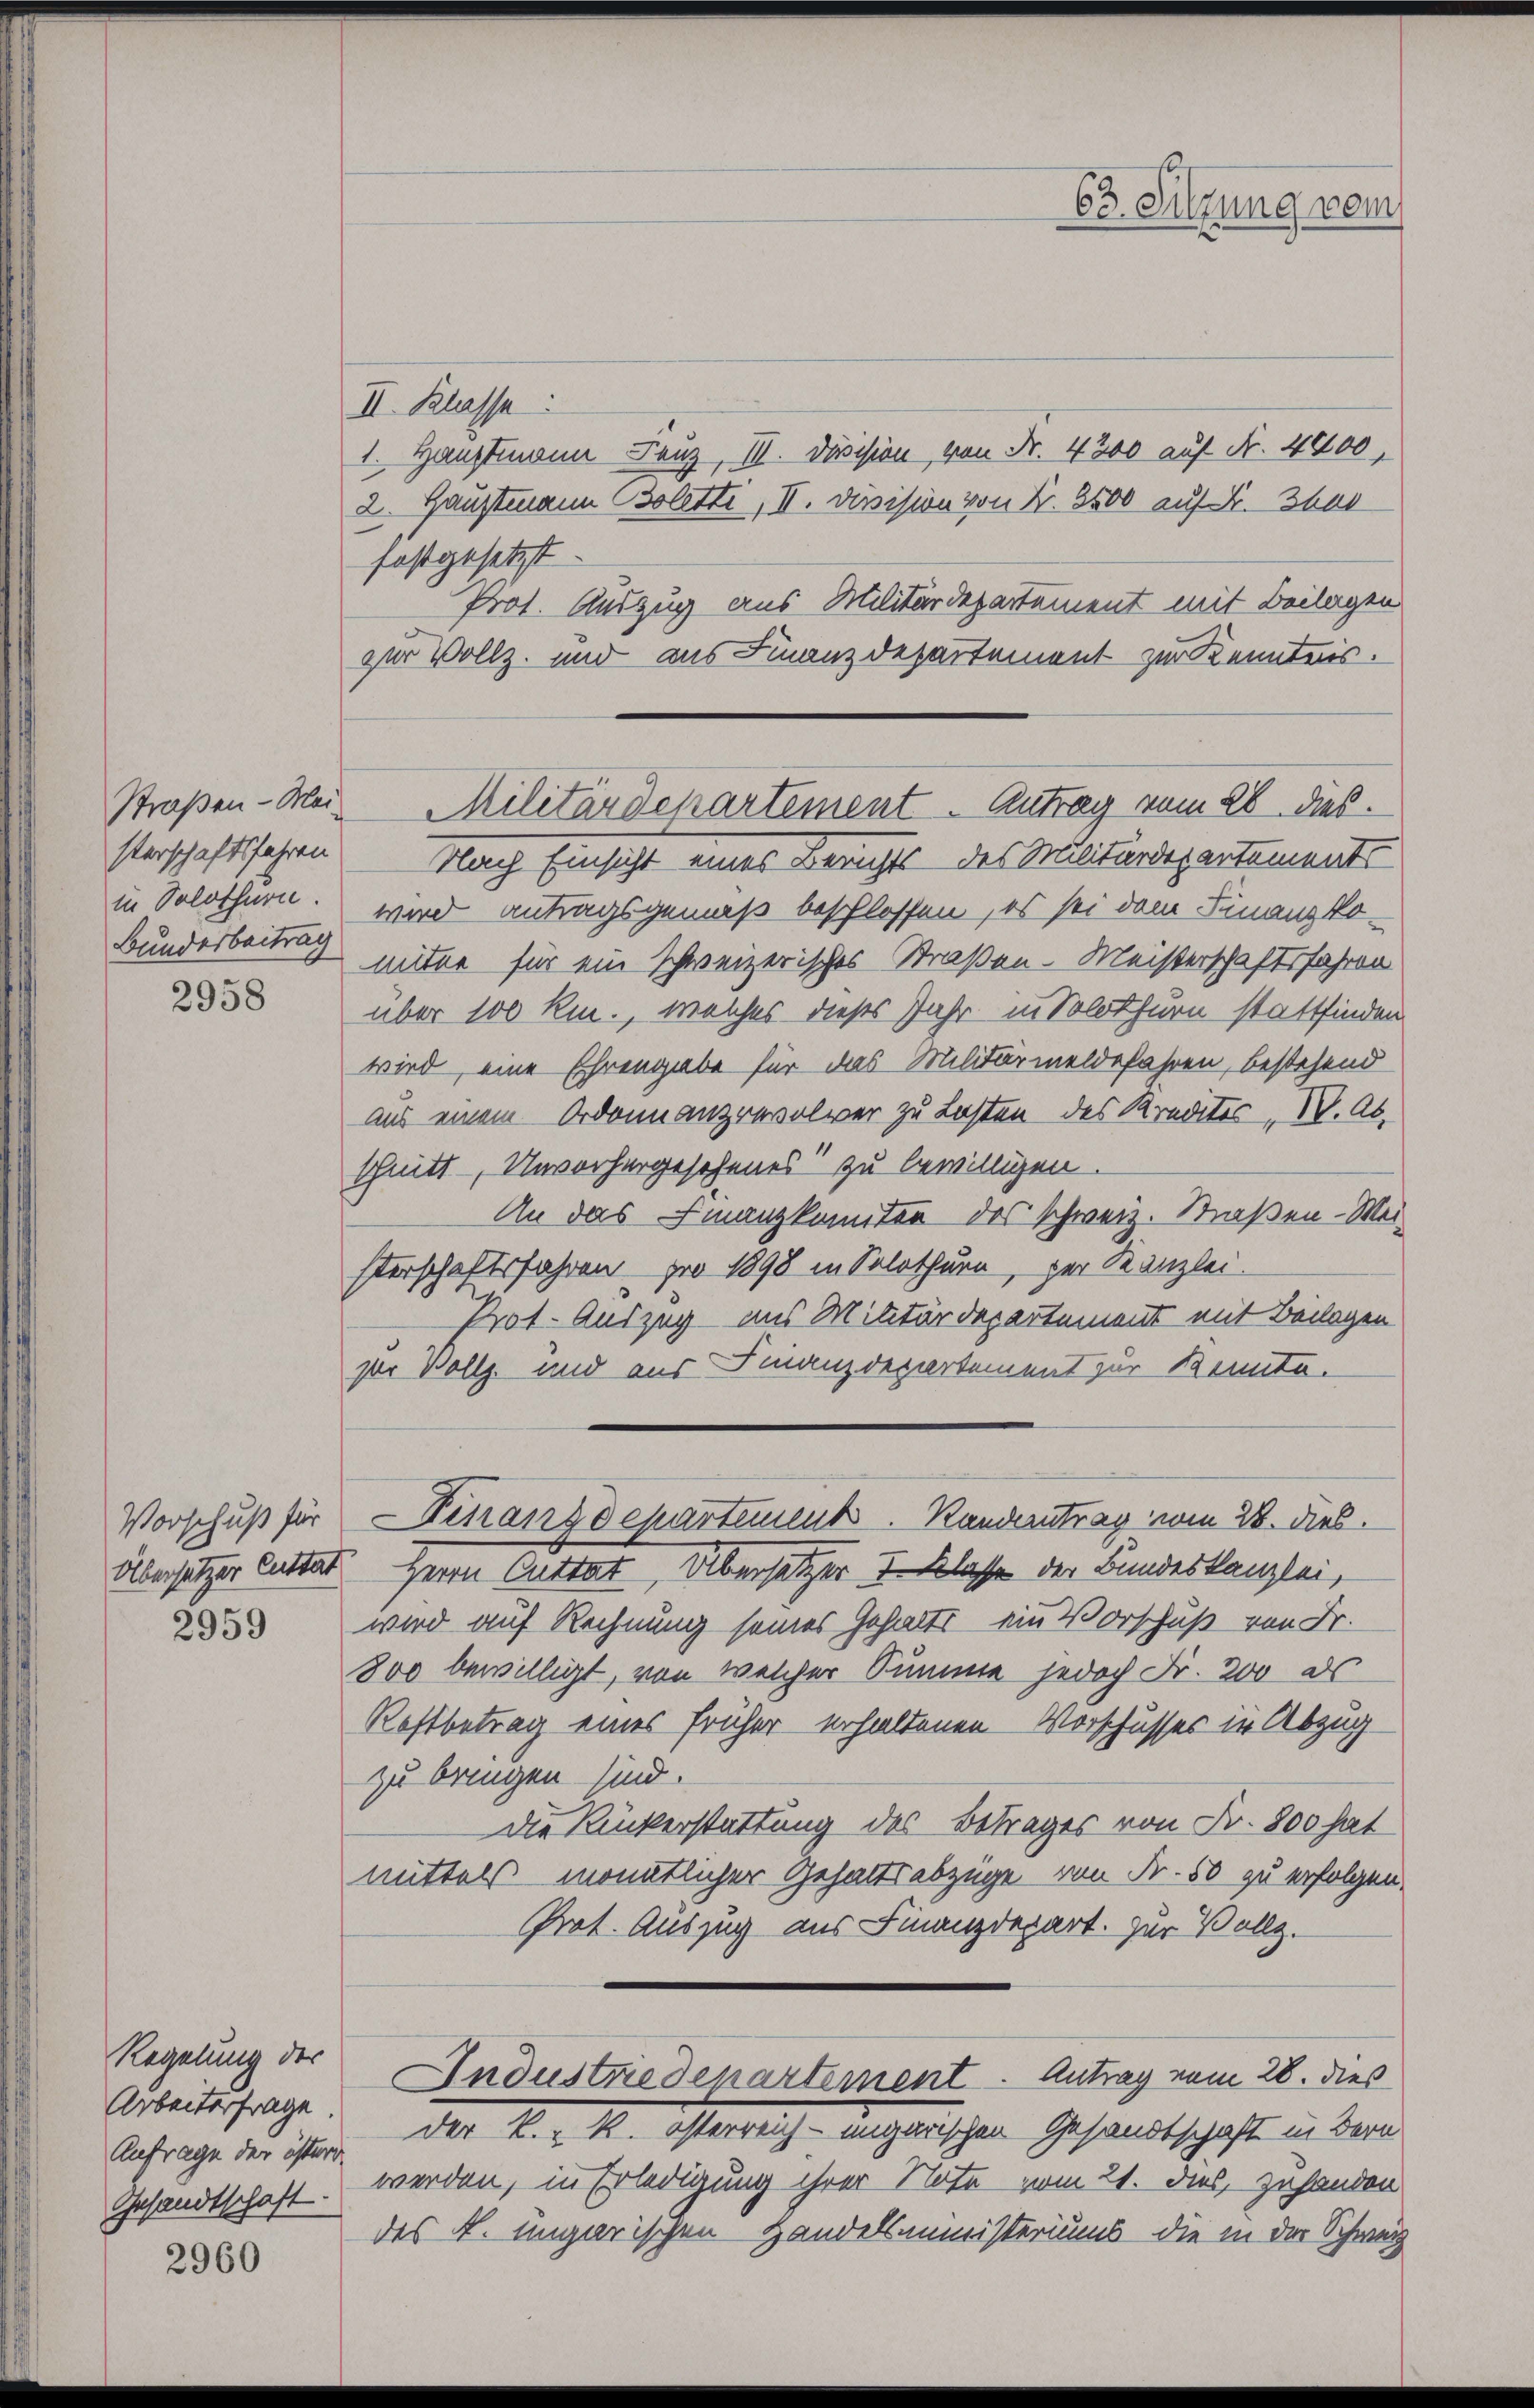
Straßen - Mei
sterschaftsfahren
Bundesbeitrag

2958

Vorschuß für
Übersetzer Cuttat

2959

Regelung des
Arbeiterfrage.
Anfrage der österr
Gesandtschaft.

2960

II. Klasse
1. Hauptmann Feuz, III. Division, von Fr. 4300 auf Fr. 4400
2. Hauptmann (Zoletti, II. Division von K. 8500 auf K. That
festgesetzt
Prot. Auszug aus Militärdepartement mit Beilagen
zur Vollz. und aus Finanzdepartement zur Kenntnis.
Nach Einsicht eines Berichts des Kralitärdepartemente
in Solothurn, wird antragsgemäß beschlossen, es sei dem Finanzko-
mitee für ein schweizerisches Straßen. Meisterschaftsfahren
über 100 Rm., welches dieses Jahr in Solothurn stattfinden
wird, eine Ehrengabe für das Militärmeldefahren, bestehend
aus einem Ordonnanzrevolver zu Lasten des Kredites I. Ab-
schnitt, Unvorhergesehenes“ zu bewilligen.
An das Finanzkomitee des schweiz. Straßen-Wei-
sterschaftsfahren pro 1898 in Solothurn, der Kanzlei.
Prot. Auszug aus Militärdepartement mit Beilagen
sor Vollz. und aus Finanzdepartement zur Kennte.
Finanzdepartement. Randentrag vom 28. Dieb.
Herrn Cuttat, Übersetzter 5 Klasse der Bundeskanzlei,
wird auf Rechnung seines Gehalts ein Vorschuß von Fr.
800 bewilligt, von welcher Summe jedoch Fr. 200 ds
Rostbetrag eines früher erhaltenen Vorschusses in Abzug
zu bringen sind.
Die Ruckerstattung des Betrages von Fr. 800 hat
mittels monatlicher Gehaltsabzüge von Fr. 50 zu erfolgen.
Prot. Auszug aus Finanzdepart. zur Vollz.
Andustredenartement. Antrag vom 28. dies
der k. k. österreich-ungarischen Gesandtschaft in Bern
werden, in Erledigung ihrer Note vom 21. dies, zuhanden
des K. ungarischen Handelsministeriums die in der Schwurz

63. Sitzung vom

Militärdepartement. Antrag vom 26. dies